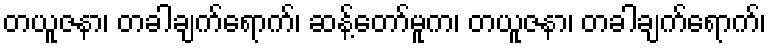
တယူဇနာ၊ တခါချက်ရောက်၊ ဆန့်တော်မူက၊ တယူဇနာ၊ တခါချက်ရောက်၊